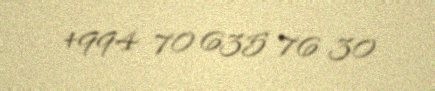
+994 70 635 76 30